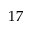
1 7